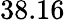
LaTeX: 38.16